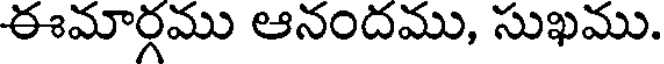
ఈమార్గము ఆనందము, సుఖము.